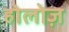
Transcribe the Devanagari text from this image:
होलोज़